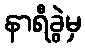
နာရီခွဲမှ